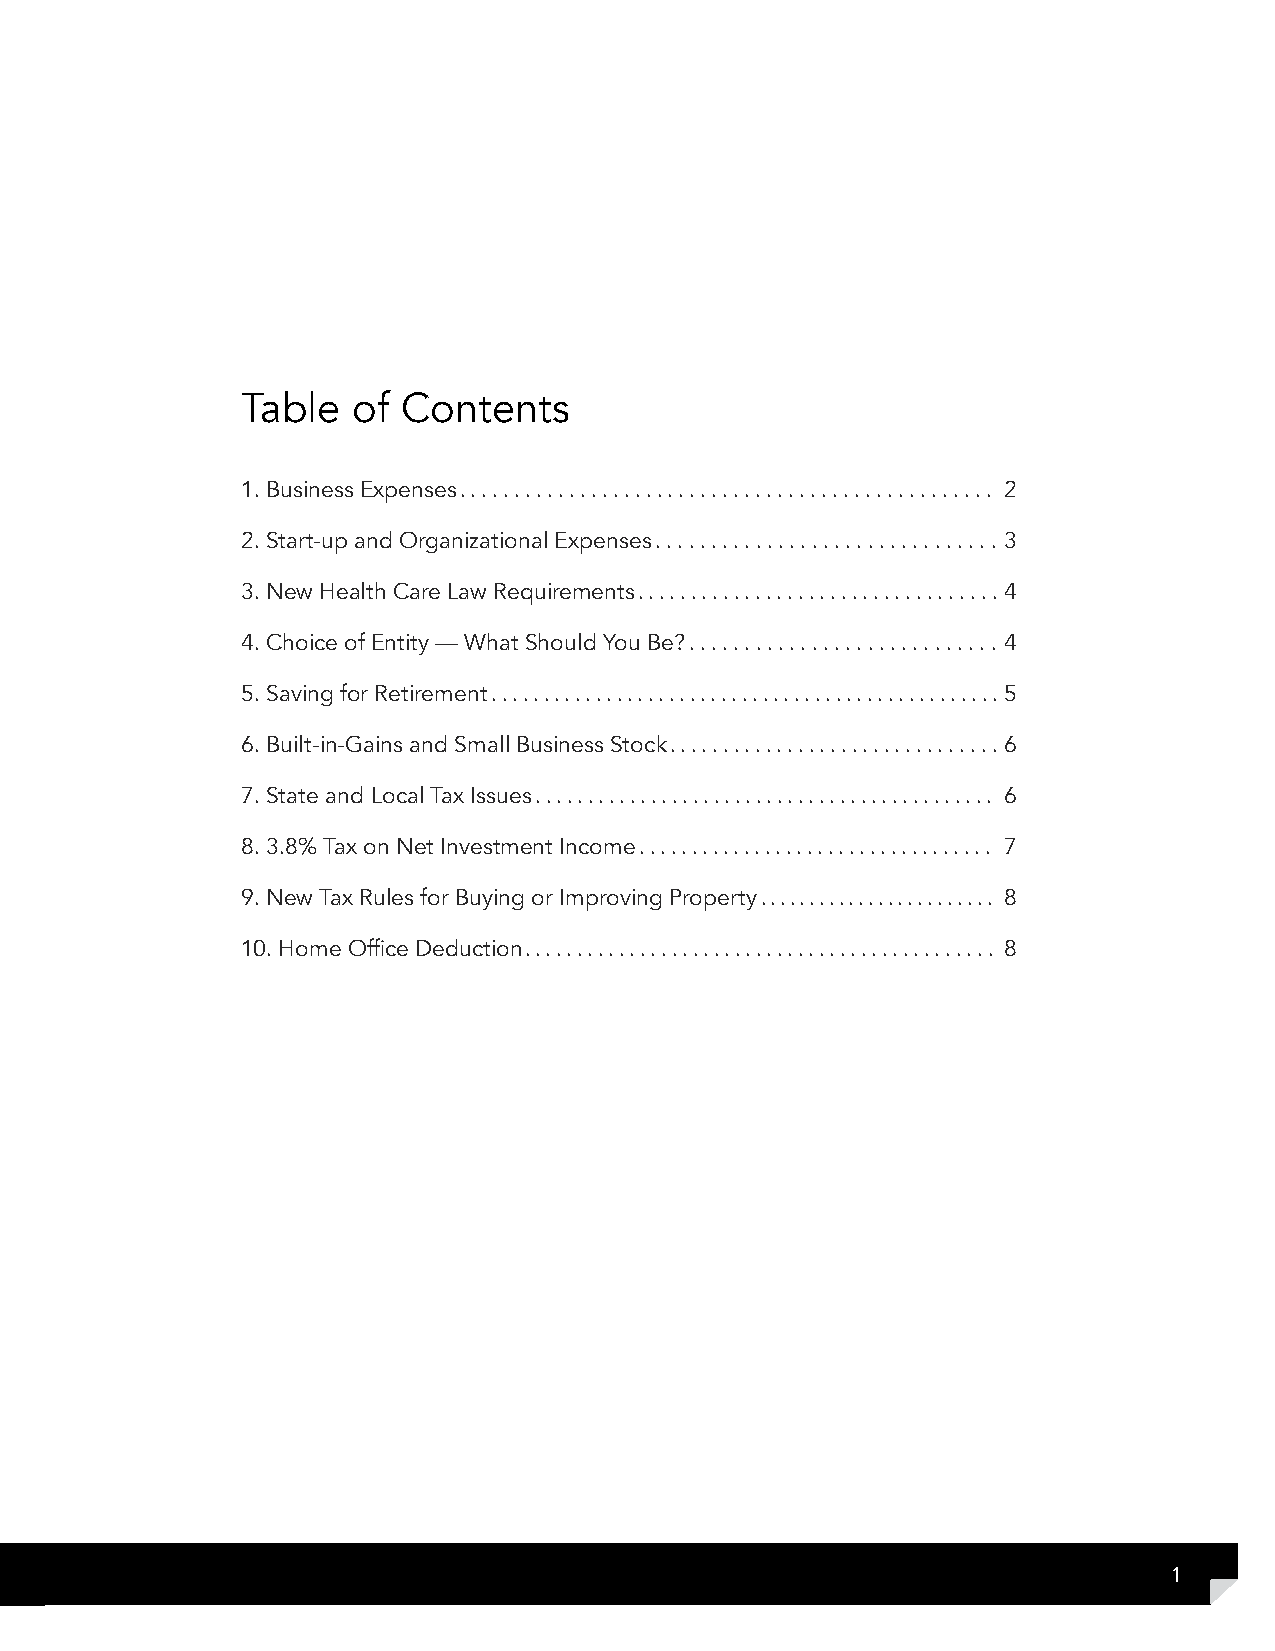
Table  of  Contents
 1. Business Expenses. ................................................ 2
 2. Start-up and Organizational Expenses. .............................. 3
 3. New Health Care Law Requirements. ................................. 4
 4. Choice of Entity — What Should You Be?. ........................... 4
 5. Saving for Retirement ................................................. 5
 6. Built-in-Gains and Small Business Stock. .............................. 6
 7. State and Local Tax Issues. ........................................... 6
 8. 3.8% Tax on Net Investment Income. ................................. 7
 9. New Tax Rules for Buying or Improving Property ........................ 8
 10. Home Office Deduction. ............................................ 8
 1